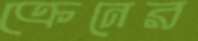
ক্রেনের